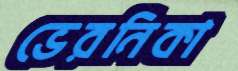
ভেরনিকা